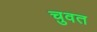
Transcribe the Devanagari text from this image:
चुवत